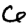
Digit: 6